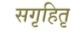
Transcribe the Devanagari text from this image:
सगृहितृ